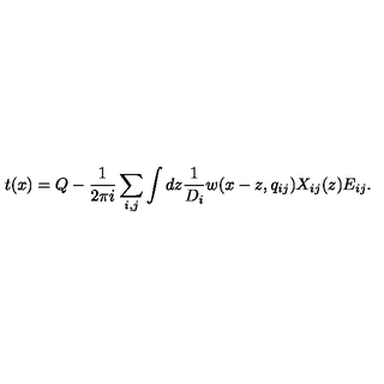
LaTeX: t ( x ) = Q - \frac { 1 } { 2 \pi i } \sum _ { i , j } \int d z \frac { 1 } { D _ { i } } w ( x - z , q _ { i j } ) X _ { i j } ( z ) E _ { i j } . \nonumber